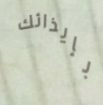
بإيذائك